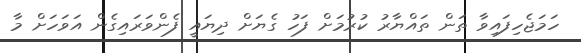
ހަަމަޖެހިފައިވާ ތަން ތައްޔާރު ކުރުމަށް ފަހު ގެޔަށް ދިޔައީ ފެންވަރައިގެން އަވަހަށް މާ